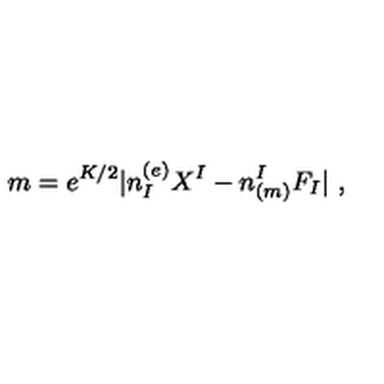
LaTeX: m = e ^ { K / 2 } | n _ { I } ^ { ( e ) } X ^ { I } - n _ { ( m ) } ^ { I } F _ { I } | \ ,